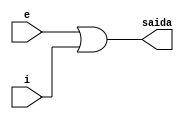
// ----------------------------------------------------------------------
// Exemplo 0015 - OR
// Dbora Deslandes de Almeida Batista
// ----------------------------------------------------------------------

// ----------------------------------------------------------------------
// -- OR gate
// ----------------------------------------------------------------------

	module orgate2 (output saida, input e,i);
		assign saida = (e|i);
	endmodule
	
// ----------------------------------------------------------------------

	module orgate3 (output s, input a,b,c);
		assign s = ((a|b)|c);
	endmodule
	
// ----------------------------------------------------------------------
// -- test orgate3
// ----------------------------------------------------------------------

	module testorgate3 ;
	
	reg a,b,c;
	wire s,s1;
	
	orgate2 banana (s1,a,b);
	orgate2 maca (s,s1,c);
	
	initial begin : start
		a = 0;
		b = 0;
		c = 0;
	end
	
	initial begin : main
			$display ("\nExemplo 0015 - Debora Deslandes de Almeida Batista");
			$display ("\nMatricula : 451549");
			$display ("\nTest OR gate");
			$display ("\n((a|b)|c) = s");
			$monitor ("\n((%b|%b)|%b) = %b" , a,b,c,s);
				#1 a = 0; b = 0; c = 1;
				#1 a = 0; b = 1; c = 0;
				#1 a = 0; b = 1; c = 1;
				#1 a = 1; b = 0; c = 0;
				#1 a = 1; b = 0; c = 1;
				#1 a = 1; b = 1; c = 0;
				#1 a = 1; b = 1; c = 1;
		end
endmodule